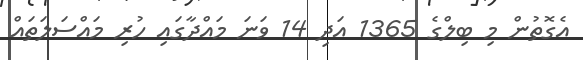
އެގޮތުން މި ބިލްގެ 1365 އަދި 14 ވަނަ މައްދާގައި ހުރި މައްސަަލަތައް